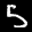
Digit: 5